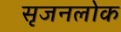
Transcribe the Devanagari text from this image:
सृजनलोक